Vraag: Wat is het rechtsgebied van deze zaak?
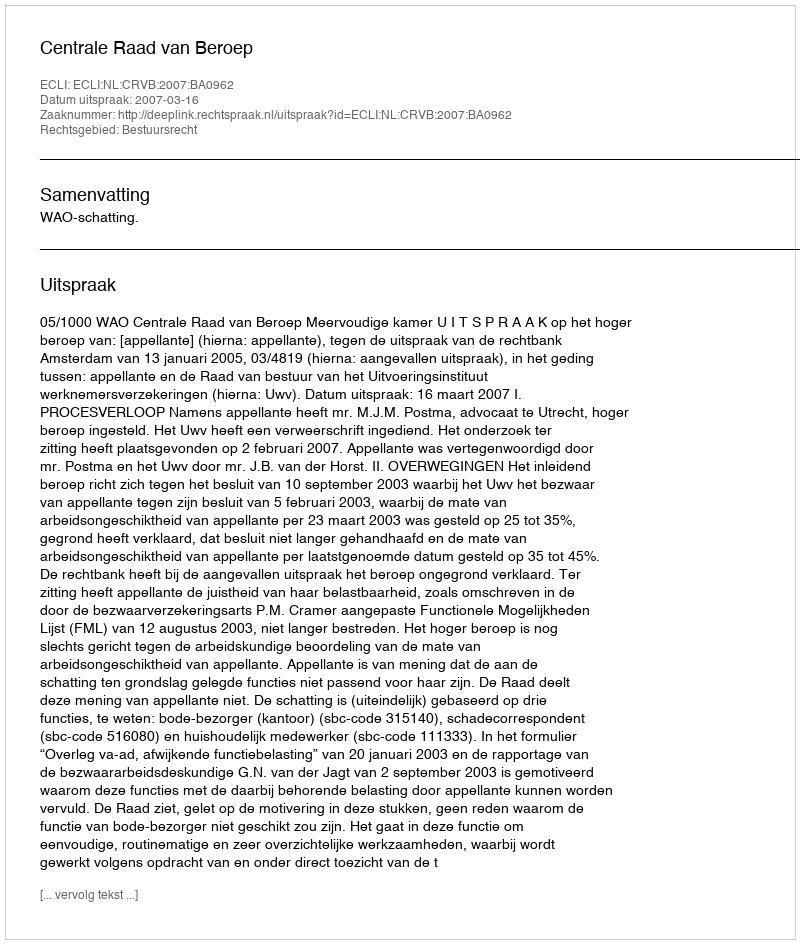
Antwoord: Bestuursrecht